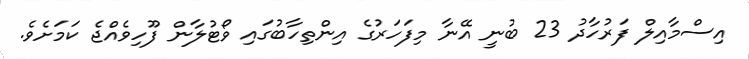
އިސްމާއިލް ފަރުހާދު 23 ބުނީ އޭނާ މިފަހަރުގެ އިންތިހާބުގައި ވޯޓުލާން ފޫހިވެއްޖެ ކަމަށެވެ.